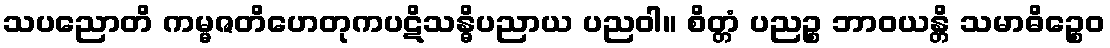
သပညောတိ ကမ္မဇတိဟေတုကပဋိသန္ဓိပညာယ ပညဝါ။ စိတ္တံ ပညဉ္စ ဘာဝယန္တိ သမာဓိဉ္စေဝ